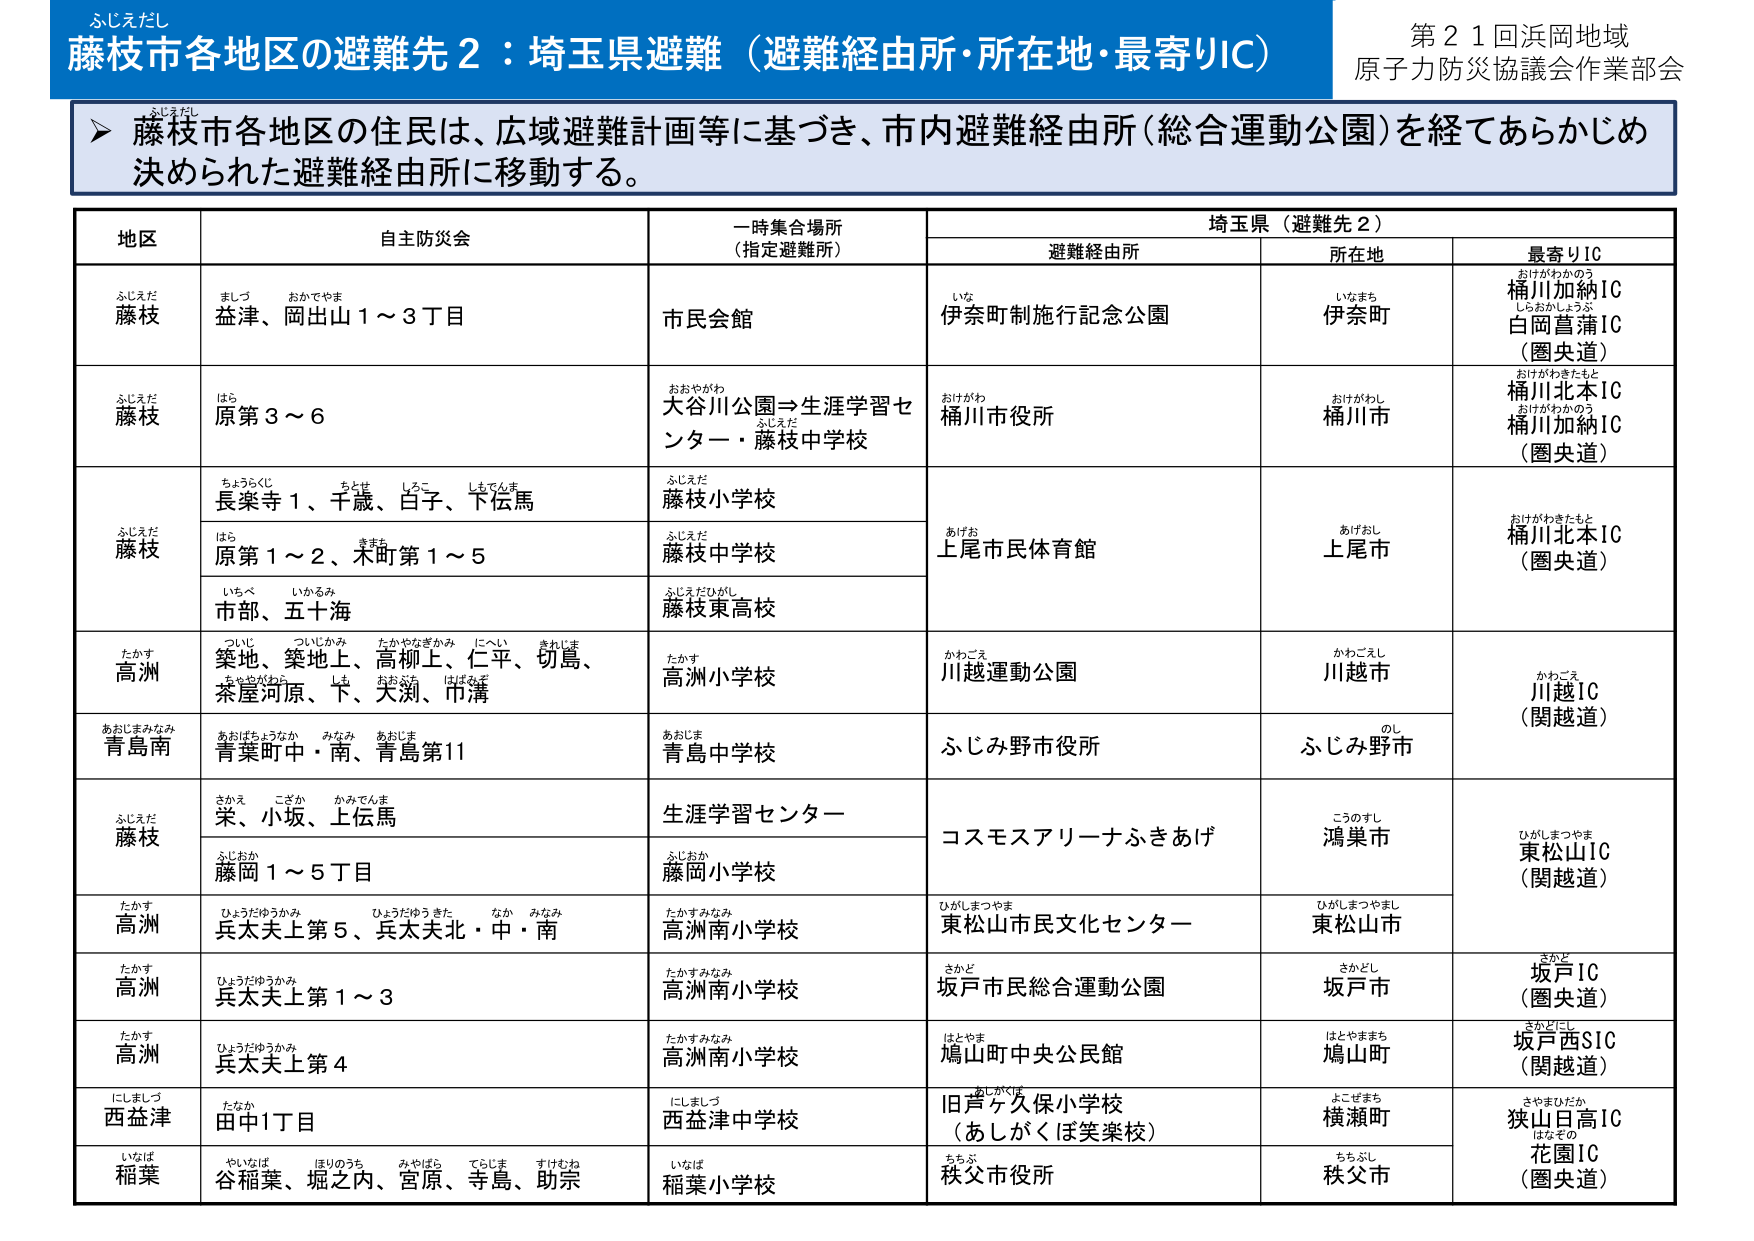
ふじえだし
藤枝市各地区の避難先２：埼玉県避難（避難経由所・所在地・最寄りIC）
第２１回浜岡地域
原子力防災協議会作業部会

▶ 藤枝市各地区の住民は、広域避難計画等に基づき、市内避難経由所（総合運動公園）を経てあらかじめ決められた避難経由所に移動する。

地区　　自主防災会　　一時集合場所（指定避難所）　　埼玉県（避難先２）
　　　　　　　　　　　　　　　　　　　　　　　　避難経由所　　所在地　　最寄りIC

ふじえだ
藤枝　　ましづ　おかでやま
　　　　益津、岡出山１～３丁目　　市民会館　　いな
　　　　　　　　　　　　　　　　　　　　　　　　伊奈町制施行記念公園　　いなまち
　　　　　　　　　　　　　　　　　　　　　　　　　　　　　　　　　　　　伊奈町
　　　　　　　　　　　　　　　　　　　　　　　　　　　　　　　　　　　　おけがわかのう
　　　　　　　　　　　　　　　　　　　　　　　　　　　　　　　　　　　　桶川加納IC
　　　　　　　　　　　　　　　　　　　　　　　　　　　　　　　　　　　　しらおかしょうぶ
　　　　　　　　　　　　　　　　　　　　　　　　　　　　　　　　　　　　白岡菖蒲IC
　　　　　　　　　　　　　　　　　　　　　　　　　　　　　　　　　　　　（圏央道）

ふじえだ
藤枝　　はら
　　　　原第３～６　　おおやがわ
　　　　　　　　　　　大谷川公園→生涯学習センター・藤枝中学校　　おけがわ
　　　　　　　　　　　　　　　　　　　　　　　　　　　　　　　　桶川市役所　　おけがわし
　　　　　　　　　　　　　　　　　　　　　　　　　　　　　　　　　　　　桶川市
　　　　　　　　　　　　　　　　　　　　　　　　　　　　　　　　　　　　おけがわきたもと
　　　　　　　　　　　　　　　　　　　　　　　　　　　　　　　　　　　　桶川北本IC
　　　　　　　　　　　　　　　　　　　　　　　　　　　　　　　　　　　　おけがわかのう
　　　　　　　　　　　　　　　　　　　　　　　　　　　　　　　　　　　　桶川加納IC
　　　　　　　　　　　　　　　　　　　　　　　　　　　　　　　　　　　　（圏央道）

ふじえだ
藤枝　　ちょうらくじ　ちとせ　しろこ　しもでんま
　　　　長楽寺１、千歳、白子、下伝馬　　ふじえだ
　　　　　　　　　　　　　　　　　　　　藤枝小学校　　あけお
　　　　　　　　　　　　　　　　　　　　　　　　　　　　上尾市民体育館　　あけおし
　　　　　　　　　　　　　　　　　　　　　　　　　　　　　　　　　　　　上尾市
　　　　　　　　　　　　　　　　　　　　　　　　　　　　　　　　　　　　おけがわきたもと
　　　　　　　　　　　　　　　　　　　　　　　　　　　　　　　　　　　　桶川北本IC
　　　　　　　　　　　　　　　　　　　　　　　　　　　　　　　　　　　　（圏央道）

　　　　はら
　　　　原第１～２、木町第１～５　　ふじえだ
　　　　　　　　　　　　　　　　　　藤枝中学校

　　　　いちべ　いかるみ
　　　　市部、五十海　　ふじえだひがし
　　　　　　　　　　　藤枝東高校

たかす
高洲　　ついじ　ついじかみ　たかやなぎかみ　にへい　きれじま
　　　　築地、築地上、高柳上、仁平、切島、　　たかす
　　　　ちゃやがわら　しき　おおぶち　はばみぞ　高洲小学校　　かわごえ
　　　　　　　　　　　　　　　　　　　　　　　　　　　　　　川越運動公園　　かわごえし
　　　　　　　　　　　　　　　　　　　　　　　　　　　　　　　　　　　　川越市
　　　　　　　　　　　　　　　　　　　　　　　　　　　　　　　　　　　　かわごえ
　　　　　　　　　　　　　　　　　　　　　　　　　　　　　　　　　　　　川越IC
　　　　　　　　　　　　　　　　　　　　　　　　　　　　　　　　　　　　（関越道）

あおじまみなみ
青島南　　あおばちょうなか　みなみ　あおじま
　　　　青葉町中・南、青島第11　　あおじま
　　　　　　　　　　　　　　　　青島中学校　　ふじみ野市役所　　ふじみ野市

ふじえだ
藤枝　　さかえ　こざか　かみでんま
　　　　栄、小坂、上伝馬　　生涯学習センター　　コスモスアリーナふきあげ　　こうのすし
　　　　　　　　　　　　　　　　　　　　　　　　　　　　　　　　　　　　鴻巣市
　　　　　　　　　　　　　　　　　　　　　　　　　　　　　　　　　　　　ひがしまつやま
　　　　　　　　　　　　　　　　　　　　　　　　　　　　　　　　　　　　東松山IC
　　　　　　　　　　　　　　　　　　　　　　　　　　　　　　　　　　　　（関越道）

　　　　ふじおか
　　　　藤岡１～５丁目　　ふじおか
　　　　　　　　　　　　藤岡小学校

たかす
高洲　　ひょうだゆうかみ　ひょうだゆうきた　なか　みなみ
　　　　兵太夫上第５、兵太夫北・中・南　　たかすみなみ
　　　　　　　　　　　　　　　　　　　　高洲南小学校　　ひがしまつやま
　　　　　　　　　　　　　　　　　　　　　　　　　　　　東松山市民文化センター　　ひがしまつやまし
　　　　　　　　　　　　　　　　　　　　　　　　　　　　　　　　　　　　東松山市

たかす
高洲　　ひょうだゆうかみ
　　　　兵太夫上第１～３　　たかすみなみ
　　　　　　　　　　　　　　高洲南小学校　　さかど
　　　　　　　　　　　　　　　　　　　　　　坂戸市民総合運動公園　　さかどし
　　　　　　　　　　　　　　　　　　　　　　　　　　　　　　　　　　坂戸市
　　　　　　　　　　　　　　　　　　　　　　　　　　　　　　　　　　さかど
　　　　　　　　　　　　　　　　　　　　　　　　　　　　　　　　　　坂戸IC
　　　　　　　　　　　　　　　　　　　　　　　　　　　　　　　　　　（圏央道）

たかす
高洲　　ひょうだゆうかみ
　　　　兵太夫上第４　　たかすみなみ
　　　　　　　　　　　　高洲南小学校　　はとやま
　　　　　　　　　　　　　　　　　　　　鳩山町中央公民館　　はとやままち
　　　　　　　　　　　　　　　　　　　　　　　　　　　　　　　　鳩山町
　　　　　　　　　　　　　　　　　　　　　　　　　　　　　　　　さかどにし
　　　　　　　　　　　　　　　　　　　　　　　　　　　　　　　　坂戸西SIC
　　　　　　　　　　　　　　　　　　　　　　　　　　　　　　　　（関越道）

にしましづ
西益津　　たなか
　　　　田中1丁目　　にしましづ
　　　　　　　　　　西益津中学校　　あしがくぼ
　　　　　　　　　　　　　　　　　　旧芦ヶ久保小学校
　　　　　　　　　　　　　　　　　　（あしがくぼ笑楽校）　　よこざまち
　　　　　　　　　　　　　　　　　　　　　　　　　　　　　　横瀬町
　　　　　　　　　　　　　　　　　　　　　　　　　　　　　　さやまひだか
　　　　　　　　　　　　　　　　　　　　　　　　　　　　　　狭山日高IC
　　　　　　　　　　　　　　　　　　　　　　　　　　　　　　はなその
　　　　　　　　　　　　　　　　　　　　　　　　　　　　　　花園IC
　　　　　　　　　　　　　　　　　　　　　　　　　　　　　　（圏央道）

いなば
稲葉　　やいなば　ほりのうち　みやはら　てらしま　すけむね
　　　　谷稲葉、堀之内、宮原、寺島、助宗　　いなば
　　　　　　　　　　　　　　　　　　　　稲葉小学校　　ちちぶ
　　　　　　　　　　　　　　　　　　　　　　　　　　秩父市役所　　ちちぶし
　　　　　　　　　　　　　　　　　　　　　　　　　　　　　　　　秩父市